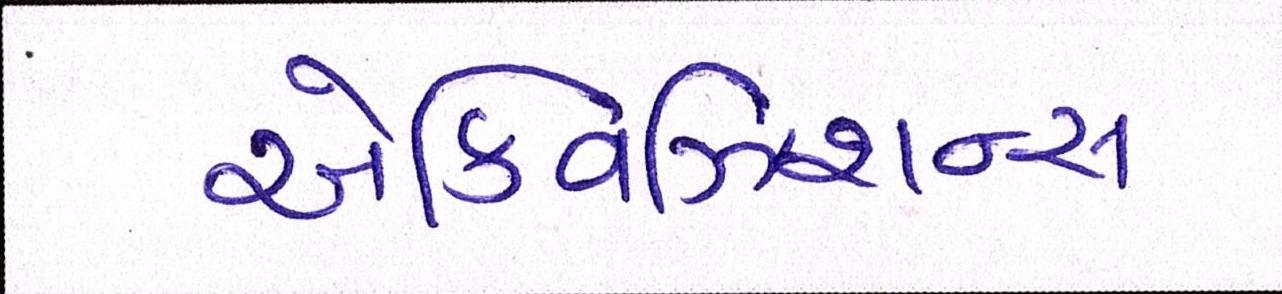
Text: એક્વિઝિશન્સ